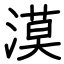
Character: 漠